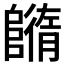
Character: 𨼕